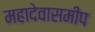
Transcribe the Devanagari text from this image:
महादेवासमीप